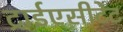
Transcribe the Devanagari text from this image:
ट्राईएसीटेट